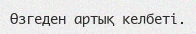
Өзгеден артық келбеті.